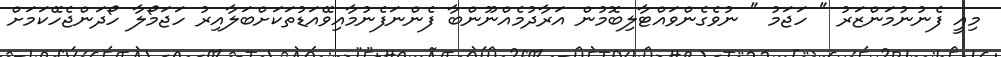
މިއީ ފެނުނުމަންޒަރު " ހަޖަމު " ނުވެގެންވައްޓާލިބޮމުން އަރާދުމެއްނޫންބާ ފެންނަފެނުމާއިވޭއަޑުތަކަށްބަލާއިރު ހަޖަމޯލާ ހޯދަންޖެހޭކަމަށް